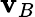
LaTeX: \mathbf{v}_{B}